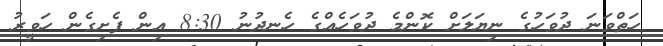
ހަތްވަނަ ދުވަހުގެ ނިޔަލަށް ކޮންމެ ދުވަހެއްގެ ހެނދުނު 8:30 އިން ފެށިގެން ހަވީރު